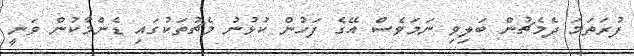
ފުރަތަމަ ދެމެޗުން ބަލިވި ނަމަވެސް އޭގެ ފަހުން ކުޅުނު މެޗުތަކުގައި ޑެންމާކުން ވަނީ